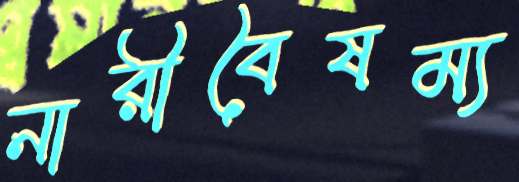
নারীবৈষম্য